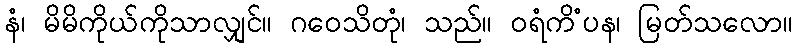
နံ၊ မိမိကိုယ်ကိုသာလျှင်။ ဂဝေသိတုံ၊ သည်။ ဝရံကိံပန၊ မြတ်သလော။